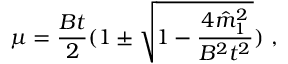
\mu = \frac { B t } { 2 } ( 1 \pm \sqrt { 1 - \frac { 4 \hat { m } _ { 1 } ^ { 2 } } { B ^ { 2 } t ^ { 2 } } } ) \ ,